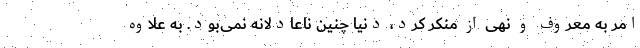
امر به معروف و نهی از منکر کرد، دنیا چنین ناعادلانه نمی‌بود. به علاوه